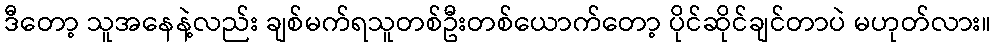
ဒီတော့ သူအနေနဲ့လည်း ချစ်မက်ရသူတစ်ဦးတစ်ယောက်တော့ ပိုင်ဆိုင်ချင်တာပဲ မဟုတ်လား။